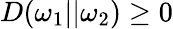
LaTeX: D(\omega_{1}||\omega_{2})\geq 0